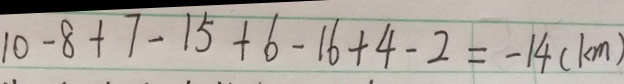
1 0 - 8 + 7 - 1 5 + 6 - 1 6 + 4 - 2 = - 1 4 ( k m )